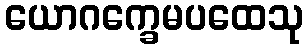
ယောဂက္ခေမပထေသု